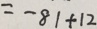
= - 8 1 + 1 2